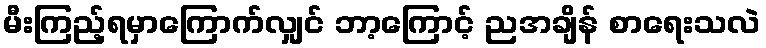
မီးကြည့်ရမှာကြောက်လျှင် ဘာ့ကြောင့် ညအချိန် စာရေးသလဲ